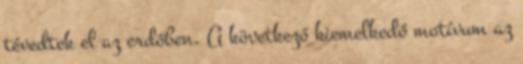
tévedtek el az erdőben. A következő kiemelkedő motívum az